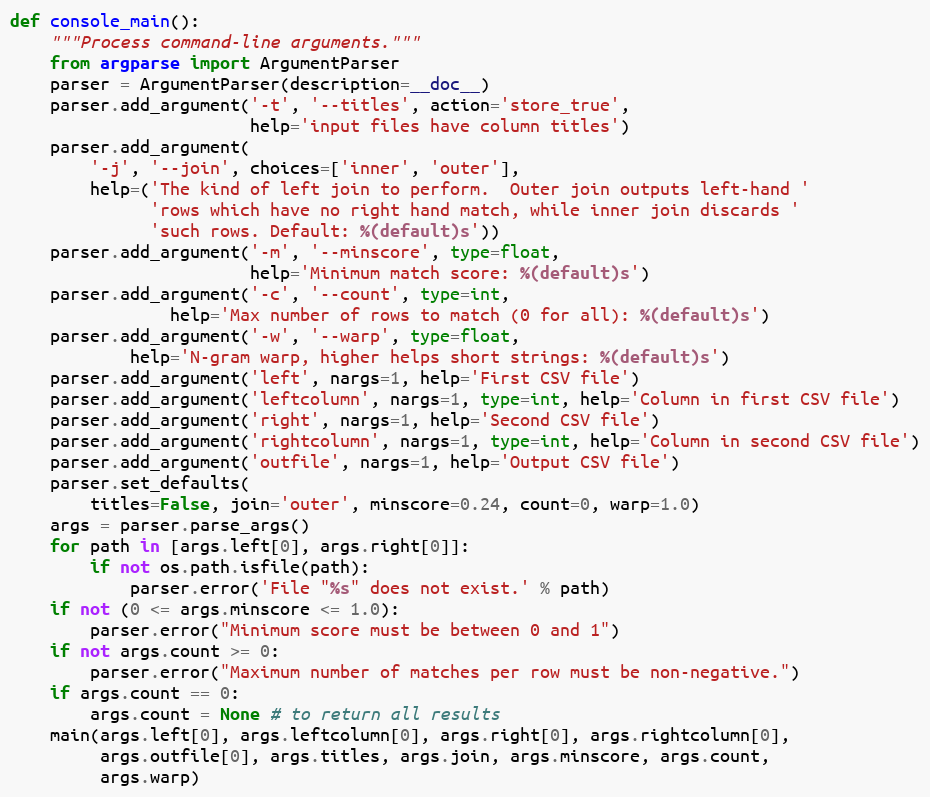
Language: Python
def console_main():
    """Process command-line arguments."""
    from argparse import ArgumentParser
    parser = ArgumentParser(description=__doc__)
    parser.add_argument('-t', '--titles', action='store_true',
                        help='input files have column titles')
    parser.add_argument(
        '-j', '--join', choices=['inner', 'outer'],
        help=('The kind of left join to perform.  Outer join outputs left-hand '
              'rows which have no right hand match, while inner join discards '
              'such rows. Default: %(default)s'))
    parser.add_argument('-m', '--minscore', type=float,
                        help='Minimum match score: %(default)s')
    parser.add_argument('-c', '--count', type=int,
                help='Max number of rows to match (0 for all): %(default)s')
    parser.add_argument('-w', '--warp', type=float,
            help='N-gram warp, higher helps short strings: %(default)s')
    parser.add_argument('left', nargs=1, help='First CSV file')
    parser.add_argument('leftcolumn', nargs=1, type=int, help='Column in first CSV file')
    parser.add_argument('right', nargs=1, help='Second CSV file')
    parser.add_argument('rightcolumn', nargs=1, type=int, help='Column in second CSV file')
    parser.add_argument('outfile', nargs=1, help='Output CSV file')
    parser.set_defaults(
        titles=False, join='outer', minscore=0.24, count=0, warp=1.0)
    args = parser.parse_args()
    for path in [args.left[0], args.right[0]]:
        if not os.path.isfile(path):
            parser.error('File "%s" does not exist.' % path)
    if not (0 <= args.minscore <= 1.0):
        parser.error("Minimum score must be between 0 and 1")
    if not args.count >= 0:
        parser.error("Maximum number of matches per row must be non-negative.")
    if args.count == 0:
        args.count = None # to return all results
    main(args.left[0], args.leftcolumn[0], args.right[0], args.rightcolumn[0],
         args.outfile[0], args.titles, args.join, args.minscore, args.count,
         args.warp)